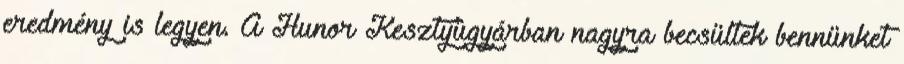
eredmény is legyen. A Hunor Kesztyûgyárban nagyra becsültek bennünket